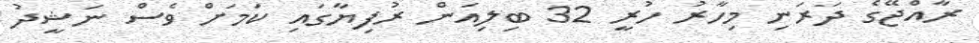
ރާއްޖޭގެ ދަރަނި މިހާރު ހުރީ 32 ބިލިއަން ރުފިޔާގައި ކަމަށް ވެސް ނަޝީދު